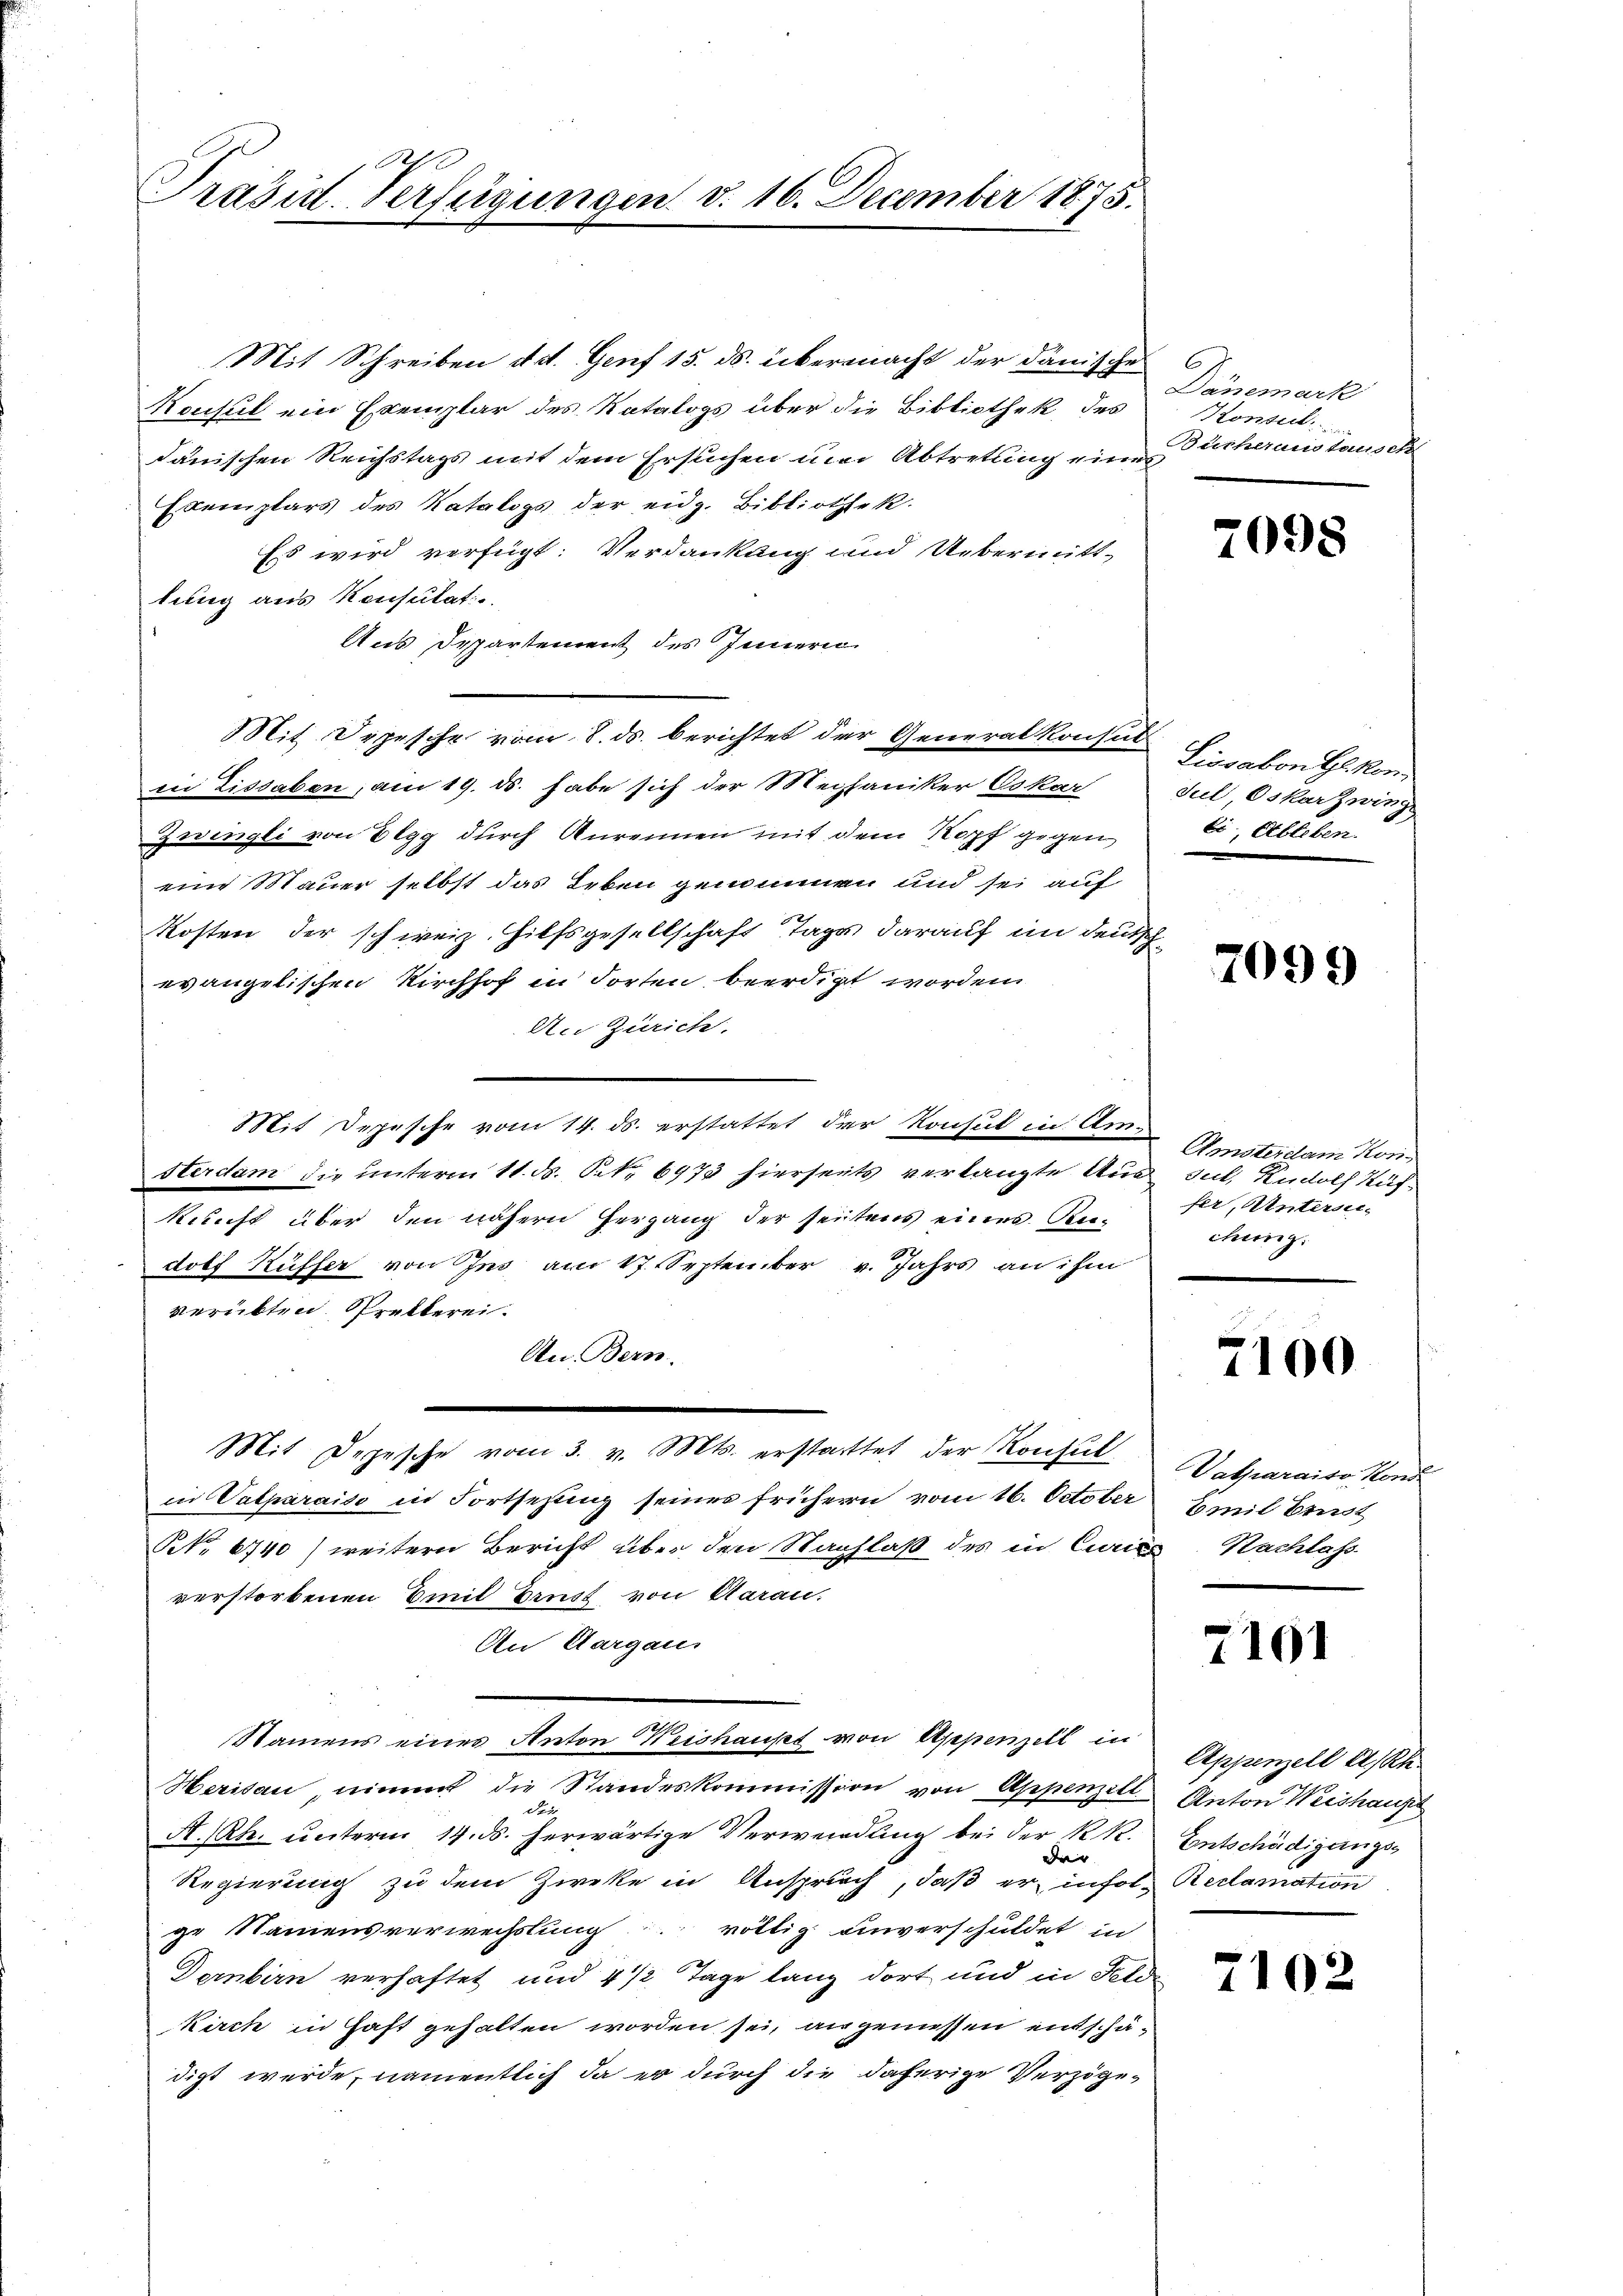
A
Präsid. Verfügungen d. 16. December 1875.

Mit Schreiben d. d. Genf 15. ds. übermacht der dänische
Konsul ein Exemplar des Katalogs über die Bibliothek, des
danischen Reichstags mit dem Ersuchen um Abtretung eines
Exemplars des Katalogs der eidg. Bibliothek.
Es wird verfügt: Verdankung und Uebermitt-
lung aus Konsulat
Aus Departement des Innern
Mit Depesche vom 8. ds. berichtet der Generalkonsul
in Lissaben, am 19. ds. habe sich der Mephaniker Oskar
Zwingli von Elgg durch Anrennen mit dem Kopf gegen
eine Mauer selbst das Leben genommen und sei auf
Kosten der schweiz. Hilfsgesellschaft Tage darauf im deutevangelischen Kirchhof in Torten beerdigt worden
An Zürich.
Mit Depesche vom 14. ds. erstattet der Konsul in Am
Sterdam die unterm 11. ds. Art. 6973 hierseits verlangte Aus sul, Rudolf Küf
kunft über den nähern Hergang der seitens eines Redolf Küffer von Ins am 17. September v. Jahrs an ihm
verübten Pretterei.
An Bern.
Mit Depesche vom 3. v. Mts. erstattet der Konsul
in Valparaiso in Fortsetzung seines frühern vom 16. October Emil Ernst
NNo. 6740) weitern Bericht über den Nachlaß des in Curie Nachlass
verstorbenen Emil Brust von Aarau,
An Aargaus
Namens eines Anton Weishaust von Appenzell in
Herisau, nimmt die Standeskommission von Appenzell Anton Weishaupt
der
A.Rh. unterm 14. ds. herwärtige Verwendung bei der K. R. Entschädigungsder |
Regierung zu dem Zweke in Anspruch, daß er infol- Reclamation
ge Namensverwechslung voltig unverschuldet in
Dernbirn verhaftet und 4 1/2 Tage lang dort und in Feli
Kirch in Haft gehalten worden sei, angenissen entschädigt werde, namentlich da er durch die daherige Verzöge¬

C
Dänemark
Konsul
Butheranstausch

7098

Lissabon Gekon
Jul, Oskar zwing
bi, Ableben.

7099

Amsterclam Kon-
fer, Unternichung.

7100

Vatparaits Kond

7191

Appenzell A/Rh.

7102